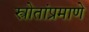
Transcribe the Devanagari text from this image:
स्त्रोतांप्रमाणे